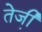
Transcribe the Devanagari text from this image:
तेजी़